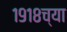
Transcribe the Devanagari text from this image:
१९१८च्या